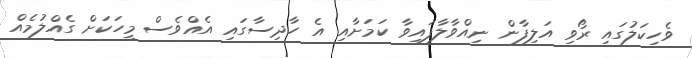
ވެހިކަލުގައި ރޯވި އަލިފާން ނިއްވާލާފައިވާ ކަމަށާއި އެ ހާދިސާގައި އެއްވެސް މީހަކަށް ގެއްލުމެއް